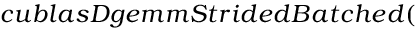
c u b l a s D g e m m S t r i d e d B a t c h e d (